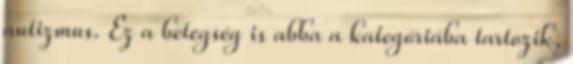
autizmus. Ez a betegség is abba a kategóriába tartozik,